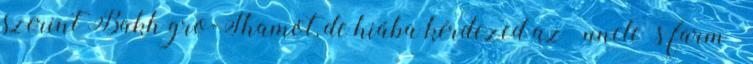
szerint Bakh gro-Shamot, de hiába kérdezed az „uncle’s farm”